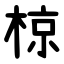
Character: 椋